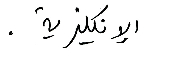
الإنكليزية.